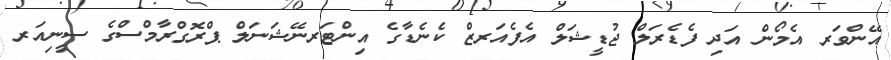
އޭންވަރ އެމޯން އަދި ފެޑެރަލް ޖުޑީޝަލް އެފެއަރޒް ކެނެޑާގެ އިންޓަރނޭޝަނަލް ޕްރޮގްރާމްސްގެ ސީނިއަރ